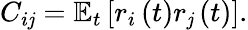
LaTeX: C_{i\mathit{j}}=\mathbb{{E}}_{t}\left[r_{i}\left(t\right)r_{\mathit{j}}\left(t\right)\right].